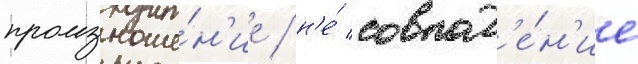
произноше́н'ие / н'е́ совпад'е́н'ие